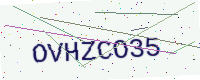
Text: OVHZCO35